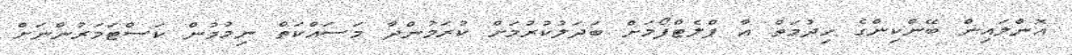
އޮންލައިން ބޭންކިންގެ ހިދުމަތް އާ ޕްލެޓްފޯމަށް ބަދަލުކުރުމަށް ކުރަމުންދާ މަސައްކަތް ނިމުމުން ކަސްޓަމަރުންނަށް